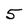
Character: 5